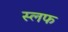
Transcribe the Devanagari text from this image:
स्लफ